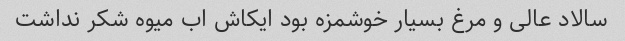
سالاد عالی و مرغ بسیار خوشمزه بود ایکاش اب میوه شکر نداشت